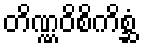
တိဏ္ဏဝိစိကိစ္ဆံ